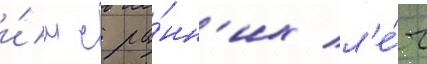
и́м с ра́нн'их л'е́т